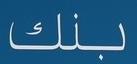
بنك